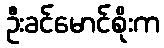
ဦးခင်မောင်စိုးက